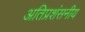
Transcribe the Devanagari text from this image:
अतिप्रशंसनीय